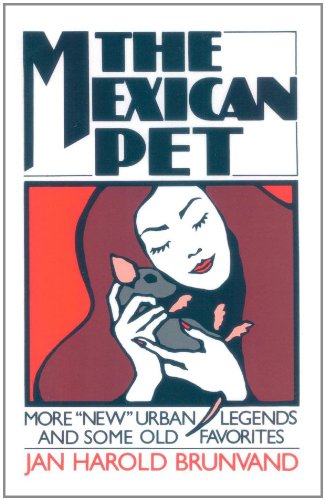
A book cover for The Mexican Pet: More "New" Urban Legends and Some Old Favorites; Jan Harold Brunvand; Humor & Entertainment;